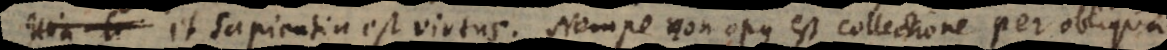
us, et sapientia est virtus. Nempe non opus est collectione per obliqua